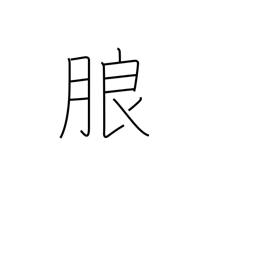
Meaning: distinct